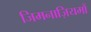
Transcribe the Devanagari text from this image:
जिमनाज़ियमों